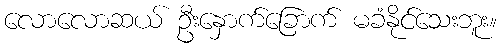
လောလောဆယ် ဦးနှောက်ခြောက် မခံနိုင်သေးဘူး။